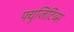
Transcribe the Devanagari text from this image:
फ्युजिटिव्स